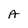
Character: A